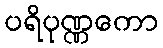
ပရိပုဏ္ဏကော